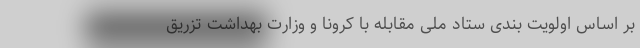
بر اساس اولویت بندی ستاد ملی مقابله با کرونا و وزارت بهداشت تزریق